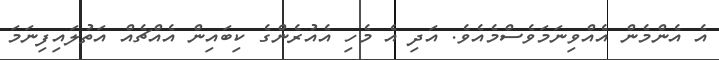
އެ އެންމެން އެއްވިނަމަވެސްމެއެވެ. އަދި އެ މެހި އެއުރެންގެ ކިބައިން އެއްޗެއް އަތުލައިފިނަމަ